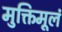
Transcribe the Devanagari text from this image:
मुक्तिमूलं